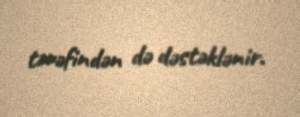
tərəfindən də dəstəklənir.